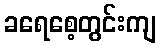
ခရေစေ့တွင်းကျ